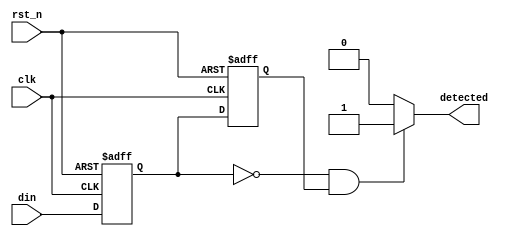
module dual_ff_detector (
    input wire clk,                // Clock signal
    input wire rst_n,              // Active-low reset signal
    input wire din,                // Input signal to monitor
    output reg detected            // Output signal indicating pattern detection
);

// Internal signals
reg ff1, ff2;                    // Outputs of the two flip-flops

// Flip-Flop instantiation
always @(posedge clk or negedge rst_n) begin
    if (!rst_n) begin
        ff1 <= 1'b0;
        ff2 <= 1'b0;
    end else begin
        ff1 <= din;               // Sample input signal at clock edge
        ff2 <= ff1;               // Synchronize with the second flip-flop
    end
end

// Pattern Detection Logic
always @(*) begin
    // Example pattern detection logic, modify as needed
    // Here we check for a transition from low to high
    if (ff1 == 1'b0 && ff2 == 1'b1) begin
        detected = 1'b1;          // Pattern detected
    end else begin
        detected = 1'b0;          // No pattern detected
    end
end

endmodule